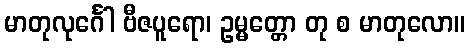
မာတုလုင်္ဂေါ ဗီဇပူရော၊ ဥမ္မတ္တော တု စ မာတုလော။